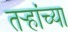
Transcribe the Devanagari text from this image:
तर्‍हांच्या